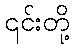
၎င်းတို့